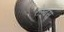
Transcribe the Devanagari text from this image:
रोम्बस